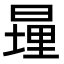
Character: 𪰹